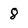
Character: 8